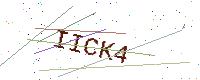
Text: IICK4